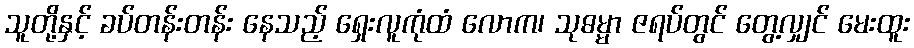
သူတို့နှင့် ခပ်တန်းတန်း နေသည့် ရှေးလူကုံထံ လောက၊ သုဓမ္မာ ဇရပ်တွင် တွေ့လျှင် မေးထူး